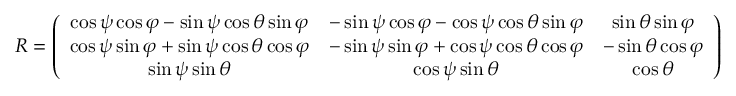
\begin{array} { r } { R = \left( \begin{array} { c c c } { \cos \psi \cos \varphi - \sin \psi \cos \theta \sin \varphi } & { - \sin \psi \cos \varphi - \cos \psi \cos \theta \sin \varphi } & { \sin \theta \sin \varphi } \\ { \cos \psi \sin \varphi + \sin \psi \cos \theta \cos \varphi } & { - \sin \psi \sin \varphi + \cos \psi \cos \theta \cos \varphi } & { - \sin \theta \cos \varphi } \\ { \sin \psi \sin \theta } & { \cos \psi \sin \theta } & { \cos \theta } \end{array} \right) } \end{array}